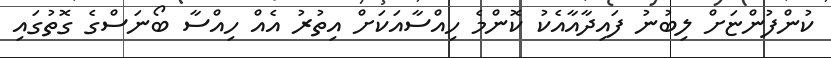
ކުންފުންޏަށް ލިބުނު ފައިދާއާއެކު ކޮންމެ ހިއްސާއަކަށް އިތުރު އެއް ހިއްސާ ބޯނަސްގެ ގޮތުގައި